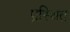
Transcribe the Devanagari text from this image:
प्रस्थित